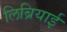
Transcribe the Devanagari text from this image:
लिब्रियाई